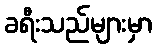
ခရီးသည်များမှာ